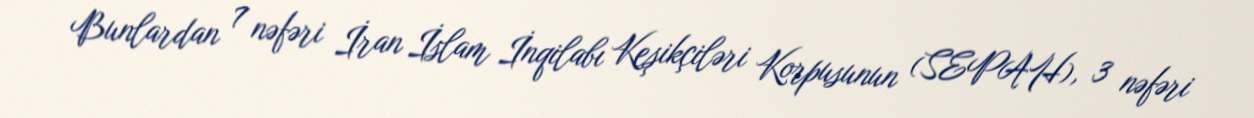
Bunlardan 7 nəfəri İran İslam İnqilabı Keşikçiləri Korpusunun (SEPAH), 3 nəfəri